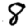
Digit: 8